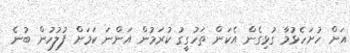
އަށް ހުށަހެޅުމާ ގުޅިގެން އެކަން ތަހުގީގު ކުރަމުން އަންނަ ކަމަށް ފުލުހުން ބުނެ